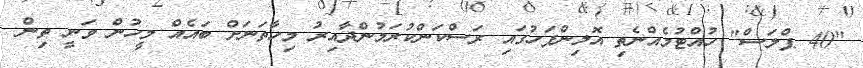
"40 ޕްލަސް" ހުއްޓުމެއްނެތި އޮލިންޕަހުގައި ރަސްކަންކުރަމުންދާއިރު މިހާތަނަށް ބައެއް މީހުން ވަނީ ތިން